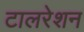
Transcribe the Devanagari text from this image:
टालरेशन